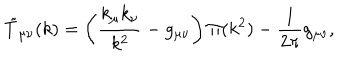
LaTeX: \tilde { T } _ { \mu \nu } ( k ) = \left( \frac { k _ { \mu } k _ { \nu } } { k ^ { 2 } } - g _ { \mu \nu } \right) \Pi ( k ^ { 2 } ) - \frac { 1 } { 2 \pi } g _ { \mu \nu } ,